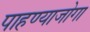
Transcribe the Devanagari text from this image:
पाहण्याजोगा